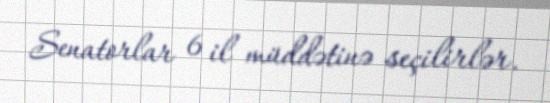
Senatorlar 6 il müddətinə seçilirlər.